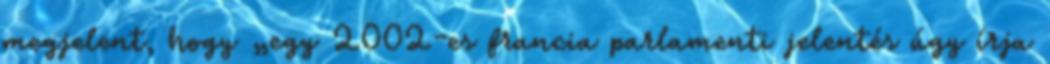
megjelent, hogy „egy 2002-es francia parlamenti jelentés úgy írja